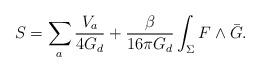
LaTeX: \begin{align*}S = \sum_{a} \frac{V_{a}}{4G_{d}} + \frac{\beta}{16 \pi G_{d}} \int_{\Sigma} F \wedge \bar{G}.\end{align*}